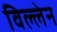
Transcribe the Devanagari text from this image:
विल्लेन